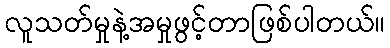
လူသတ်မှုနဲ့အမှုဖွင့်တာဖြစ်ပါတယ်။